Riigikantselei, lk 202
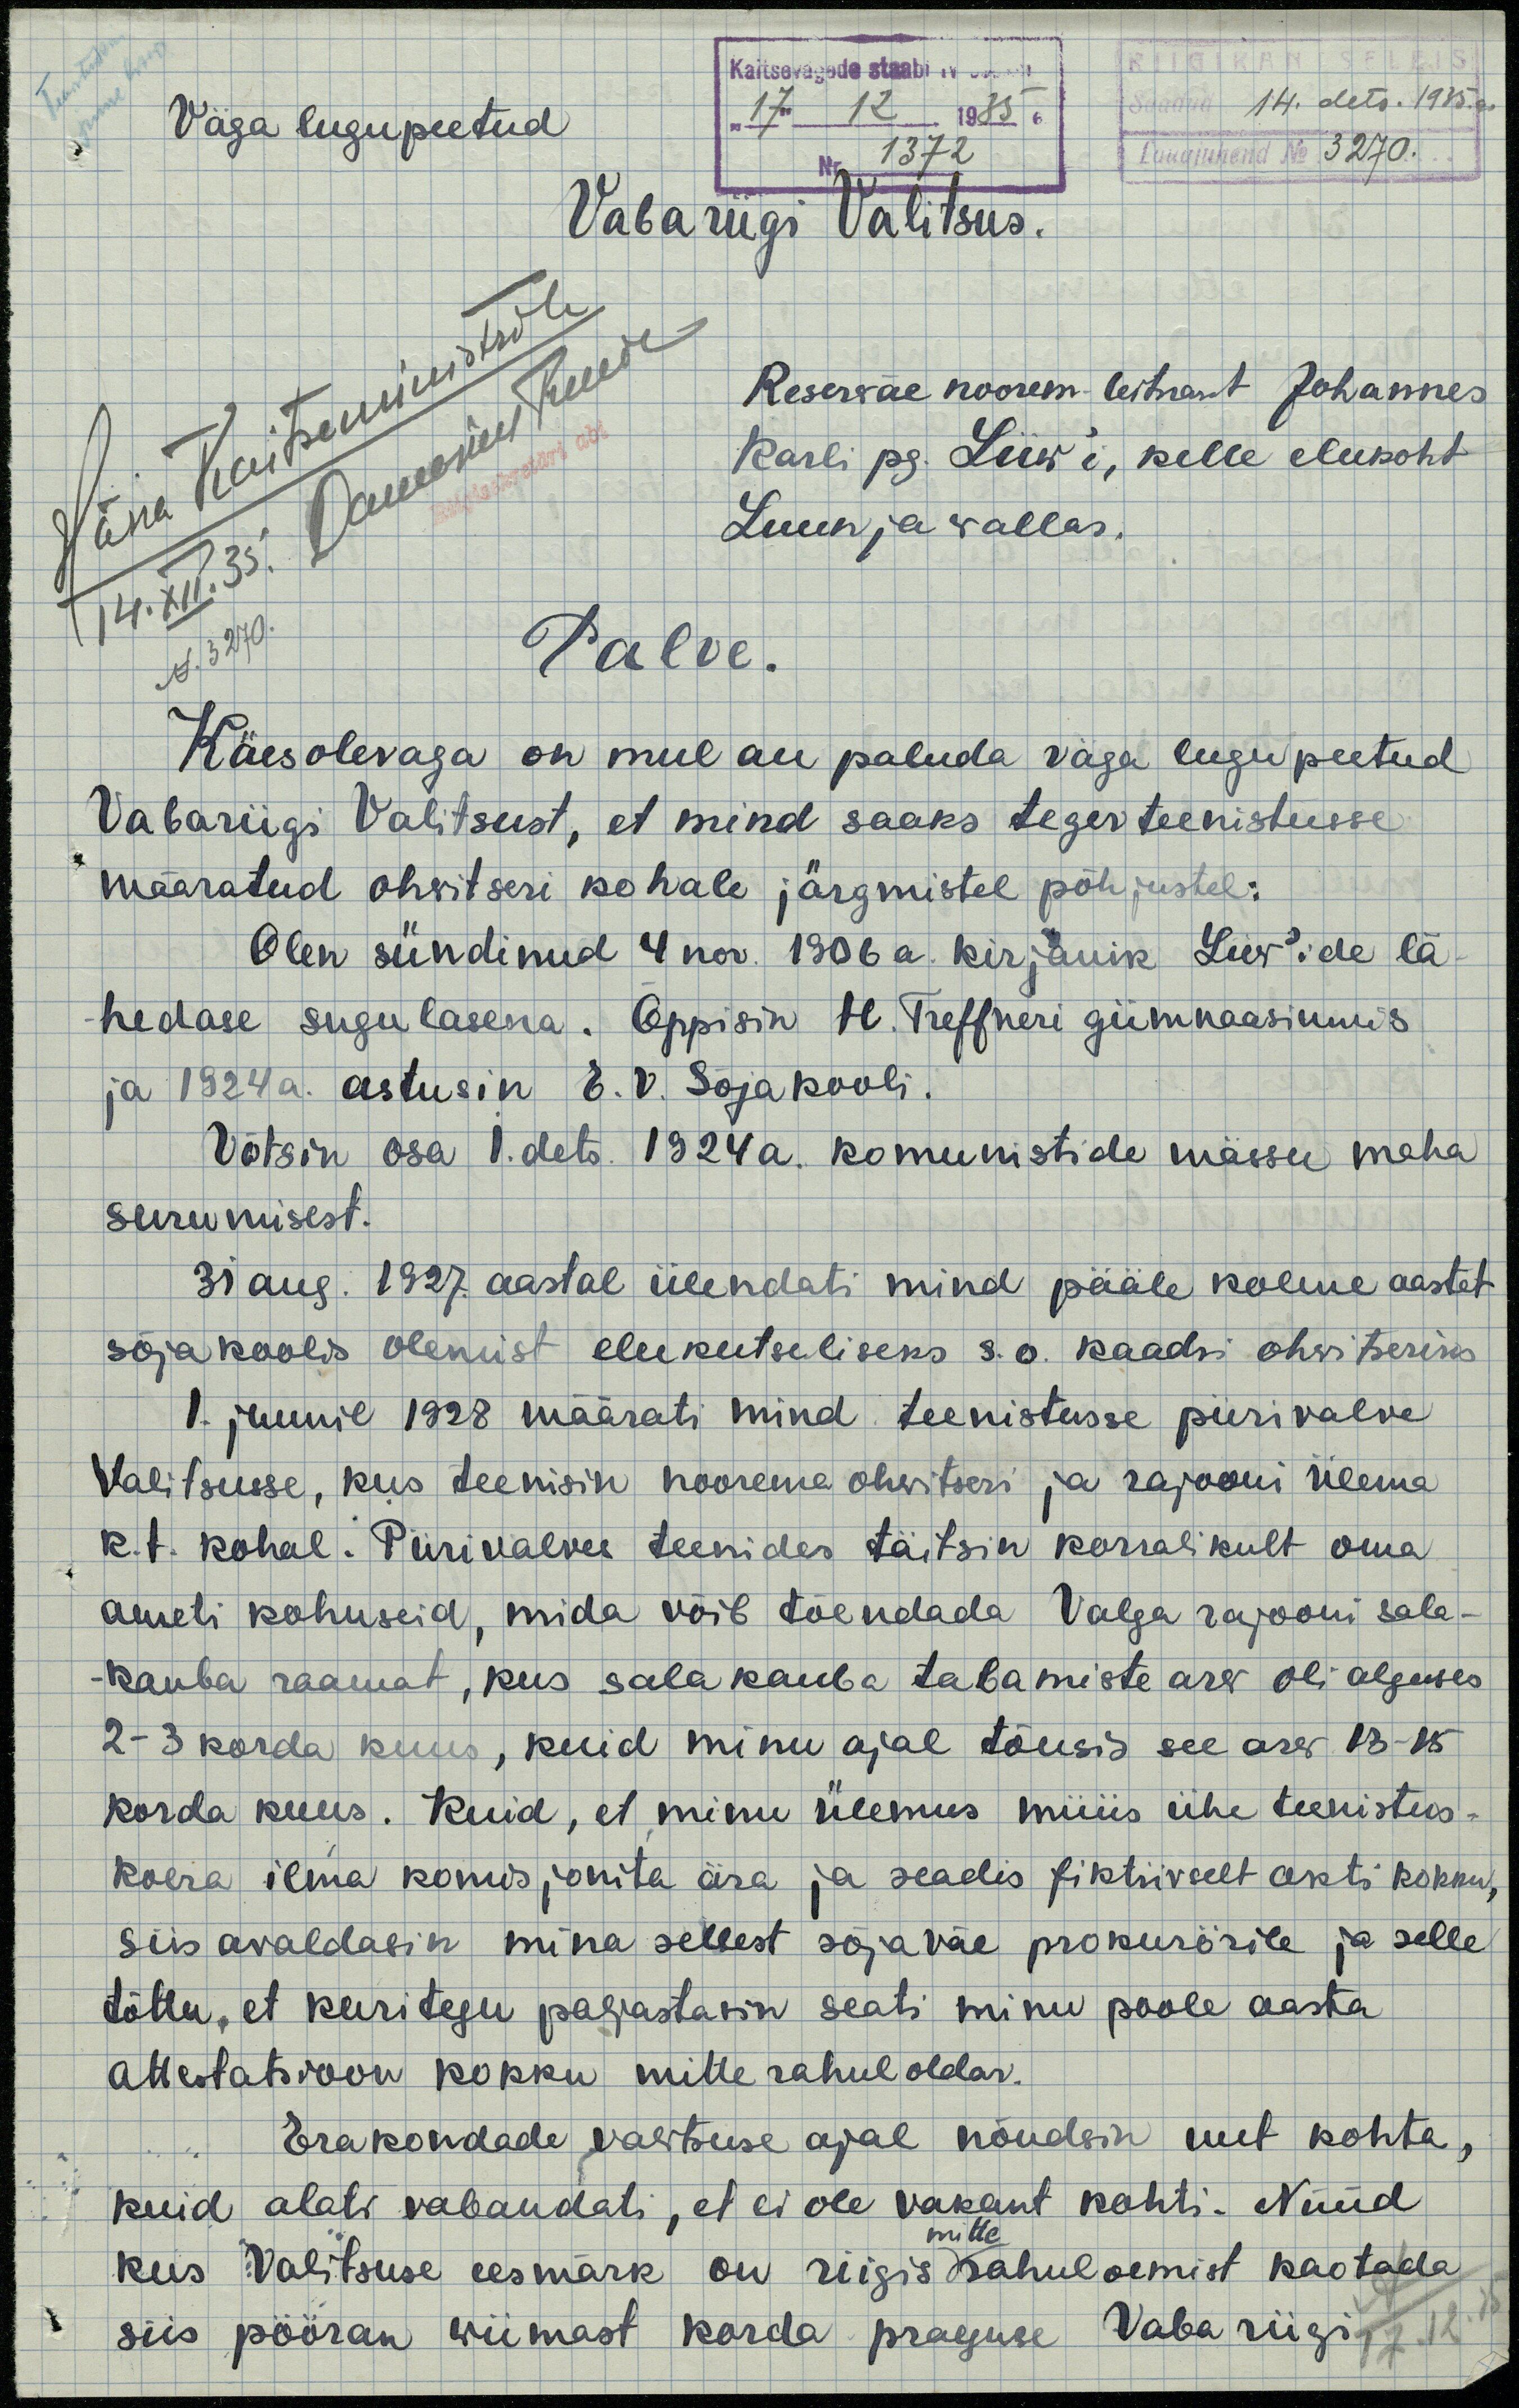
Kaitsevägede staabi
"17" 12. 1935 a
Nr 1372
Väga lugupeetud
Saadud 14. dets. 1935. a
Lauajuhend N 3270.
Vabariigi Valitsus.
Härra Kaitseministrile
14. XII. 35.
Domesius Treude
N. 3270.
Reserväe noorem leitnant Johannes
Karli pg. Liiw'i, kelle elukoht
Luunja wallas.
Palve.
Käesolevaga on mul au paluda väga lugupeetud
Vabariigi Valitsust, et mind saaks tegevteenistusse
määratud ohvitseri kohale järgmistel põhjustel:
Olen sündinud 4 nov. 1906 a. kirjanik Liiw'ide lä-
hedase sugulasena. Õppisin H. Treffneri gümnaasiumis
ja 1924 a. astusin E. V. Sojakooli.
Võtsin osa 1. dets. 1924 a. komunistide mässu maha
surumisest.
31 aug. 1927 aastal ülendati mind pääle kolme aastat
sõjakoolis olemist elukutseliseks s.o. kaadri ohwitseriks
1. juunil 1928 määrati mind teenistusse piirivalve
Valitsusse, kus teenisin noorema ohwitseri ja rajooni ülema
k. t. kohal. Piirivalves teenides täitsin korralikult oma
ameti kohuseid, mida võib tõendada Valga rajooni sala-
-kauba raamat, kus salakauba tabamiste arv oli alguses
2 - 3 korda kuus, kuid minu ajal tõusis see arv 13 - 15
korda kuus. Kuid, et minu ülemus müüs ühe teenistus-
koera ilma komisjonita ära ja seadis fiktiivselt akti kokku
siis avaldasin mina sellest sõjaväe prokurörile ja selle
tõttu, et kuritegu paljastasin seati minu poole aasta
attestatsioon kokku mitte rahuloldav.
Erakondade valitsuse ajal nõudsin uut kohta,
kuid alati vabandati, et ei ole vakant kohti. Nüüd
kus Valitsuse eesmärk on riigis mitte rahuloemist kaotada
siis pööran wiimast korda praeguse Vabariigi